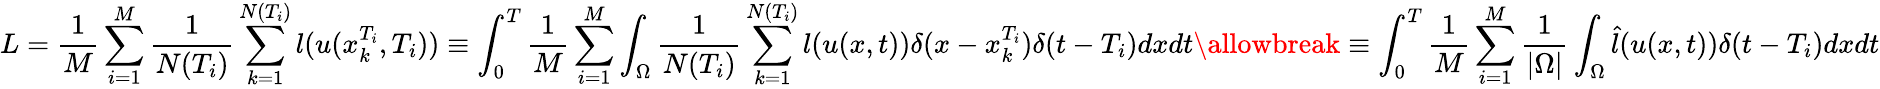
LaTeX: L=\frac{1}{M}\sum_{i=1}^{M}\frac{1}{N(T_{i})}\sum_{k=1}^{N(T_{i})}l(u(x_{k}^{T_{i}},T_{i}))\equiv\int_{0}^{T}\frac{1}{M}\sum_{i=1}^{M}\int_{\Omega}\frac{1}{N(T_{i})}\sum_{k=1}^{N(T_{i})}l(u(x,t))\delta(x-x_{k}^{T_{i}})\delta(t-T_{i})dxdt\allowbreak\equiv\int_{0}^{T}\frac{1}{M}\sum_{i=1}^{M}\frac{1}{|\Omega|}\int_{\Omega}\hat{l}(u(x,t))\delta(t-T_{i})dxdt